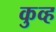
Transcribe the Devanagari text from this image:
कुव्ह